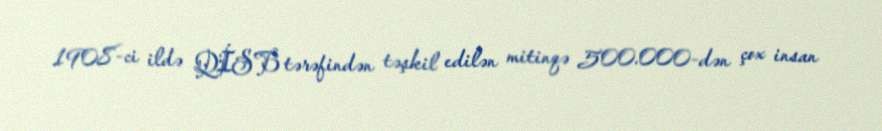
1908-ci ildə QİSB tərəfindən təşkil edilən mitinqə 500.000-dən çox insan